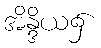
အိန္ဒိယ၌